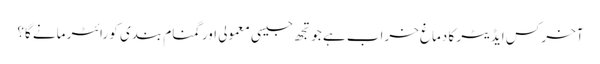
آخر کس ایڈیٹر کا دماغ خراب ہے جو تجھ جیسی معمولی اور گمنام بندی کو رائٹر مانے گا؟